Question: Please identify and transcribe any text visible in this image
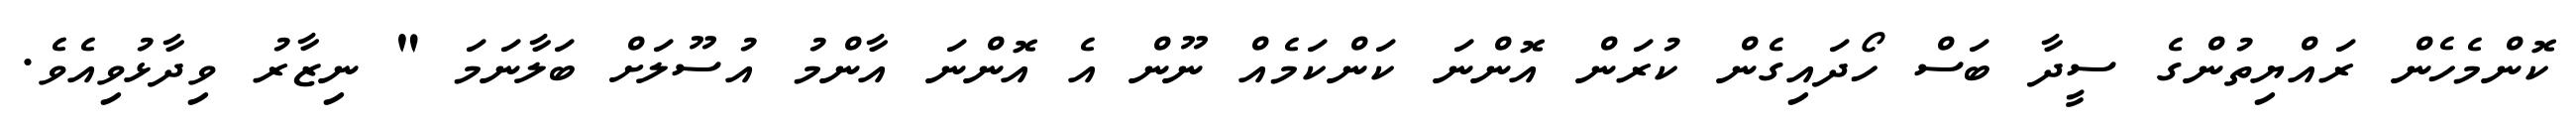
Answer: ކޮންމެހެން ރައްޔިތުންގެ ސީދާ ބަސް ހޯދައިގެން ކުރަން އޮންނަ ކަންކަމެއް ނޫން އެ އޮންނަ އާންމު އުސޫލަށް ބަލާނަމަ " ނިޒާރު ވިދާޅުވިއެވެ.